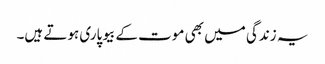
یہ زندگی میں بھی موت کے بیوپاری ہوتے ہیں۔